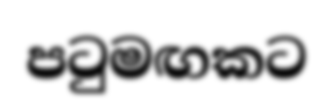
පටුමඟකට